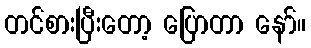
တင်စားပြီးတော့ ပြောတာ နော်။